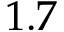
1 . 7